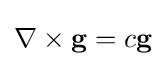
\nabla \times \mathbf {g} =c\mathbf {g}